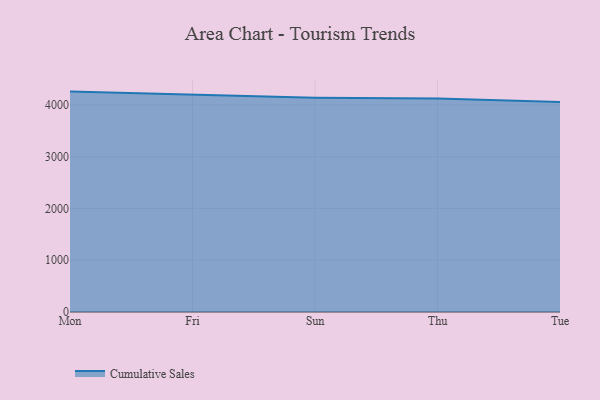
{"axis": {"x": "Day", "y": "Waste Production (Tons)"}, "legend": ["Cumulative Sales"], "data": [{"x": "Mon", "y": 4258.8, "type": "Cumulative Sales"}, {"x": "Fri", "y": 4204.6, "type": "Cumulative Sales"}, {"x": "Sun", "y": 4140.9, "type": "Cumulative Sales"}, {"x": "Thu", "y": 4125.1, "type": "Cumulative Sales"}, {"x": "Tue", "y": 4057.2, "type": "Cumulative Sales"}]}